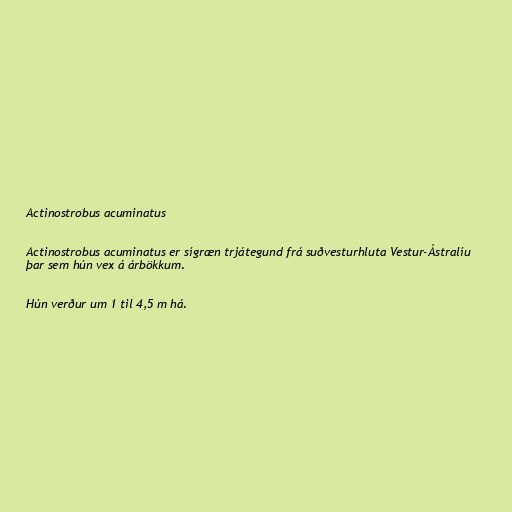
Actinostrobus acuminatus

Actinostrobus acuminatus er sígræn trjátegund frá suðvesturhluta Vestur-Ástralíu
þar sem hún vex á árbökkum.

Hún verður um 1 til 4,5 m há.